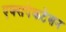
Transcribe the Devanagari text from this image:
एक्सपेकटेशन